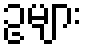
ဥများ